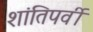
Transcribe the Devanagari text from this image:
शांतिपर्वी